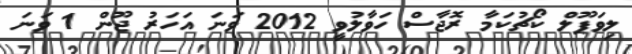
ލިވަޕޫލް ކޯޗުކަމާ ރޮޖާސް ހަވާލުވީ 2012 ވަނަ އަހަރު ޖޫން 1 ވަނަ